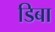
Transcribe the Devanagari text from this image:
डिबा